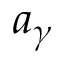
a _ { \gamma }